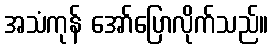
အသံကုန် အော်ပြောလိုက်သည်။